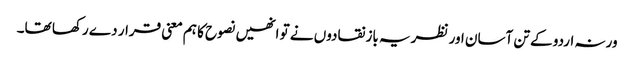
ورنہ اردو کے تن آسان اور نظریہ باز نقادوں نے تو انھیں نصوح کا ہم معنی قرار دے رکھا تھا۔